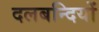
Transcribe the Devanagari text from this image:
दलबन्दियों